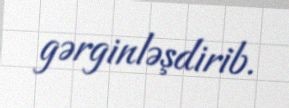
gərginləşdirib.